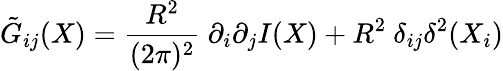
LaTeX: \tilde{G}_{ij}(X)=\frac{{R}^{2}}{(2\pi)^{2}}\ \partial_{i}\partial_{j}I(X)+{R}^{2}\ \delta_{ij}\delta^{2}(X_{i})